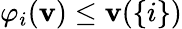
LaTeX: \varphi_{i}(\mathbf{v})\leq\mathbf{v}(\{ i\} )